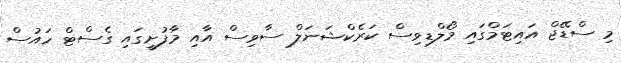
މި ސްޑޭޖް އައިޓަމްގައި މޯލްޑިވިސް ކަރެކްޝަނަލް ސާވިސް އާއި މާފުށީގައި ގެސްޓް ހައުސް